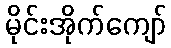
မိုင်းအိုက်ကျော်